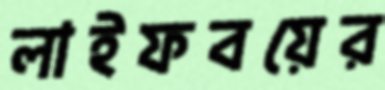
লাইফবয়ের